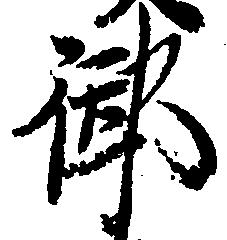
御